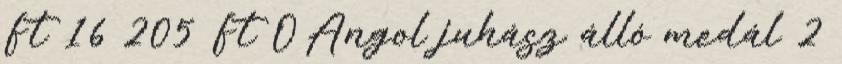
Ft 16 205 Ft ÓAngol juhász álló medál 2